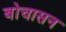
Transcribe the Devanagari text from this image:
बोचासन